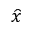
\widehat { x }